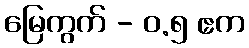
မြေကွက် - ၀.၅ ဧက